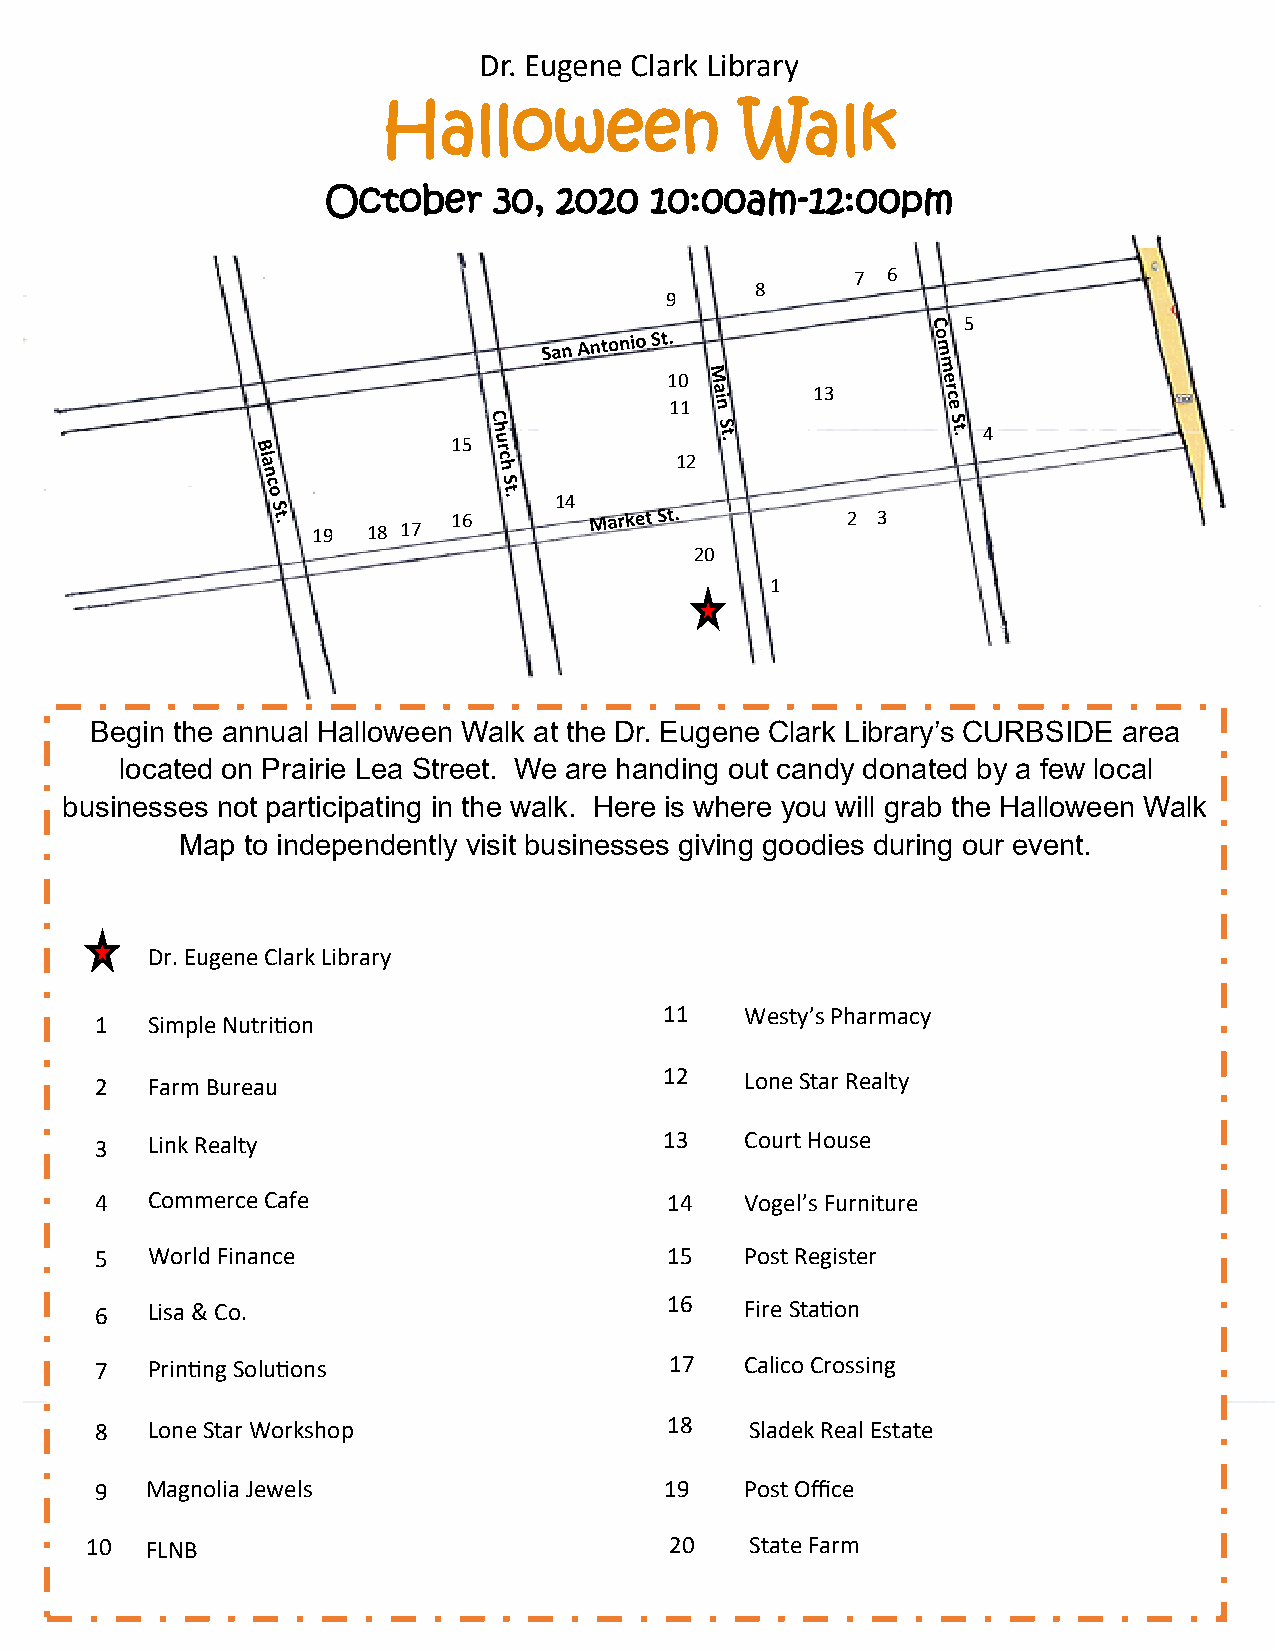
Dr. Eugene Clark Library
 Halloween               Walk
 October    30, 2020  10:00am-12:00pm
 7 6
 8
 9
 5
 10
 13
 11
 4
 15
 12
 14
 16                        2 3
 19 18 17
 20
 1
 Begin the annual Halloween Walk at the Dr. Eugene Clark Library’s CURBSIDE area
 located on Prairie Lea Street. We are handing out candy donated by a few local
 businesses not participating in the walk. Here is where you will grab the Halloween Walk
 Map to independently visit businesses giving goodies during our event.
 Dr. Eugene Clark Library
 11   Westy’s Pharmacy
 1   Simple Nutrition
 2   Farm Bureau                       12   Lone Star Realty
 3   Link Realty                       13   Court House
 4   Commerce Cafe                     14   Vogel’s Furniture
 5   World Finance                     15   Post Register
 6   Lisa & Co.                        16   Fire Station
 7   Printing Solutions                17   Calico Crossing
 8   Lone Star Workshop                18    Sladek Real Estate
 9   Magnolia Jewels                   19   Post Office
 10  FLNB                              20    State Farm